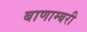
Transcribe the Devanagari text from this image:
बाणाम्बरी